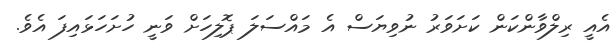
އެއީ ރިލްވާންކަން ކަށަވަރު ނުވިޔަސް އެ މަައްސަލަ ޕޮލިހަށް ވަނީ ހުށަހަޅައިފަ އެވެ.